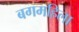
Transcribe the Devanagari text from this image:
बगमहिला